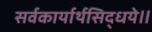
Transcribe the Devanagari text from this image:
सर्वकार्यार्थसिद्धये॥